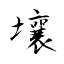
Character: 壤